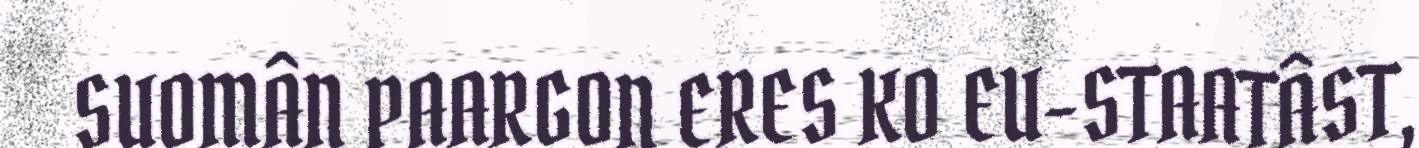
SUOMÂN PAARGON ERES KO EU-STAATÂST,